Sketch of the medical history of the native army of Bombay, for the year
Year: 1872
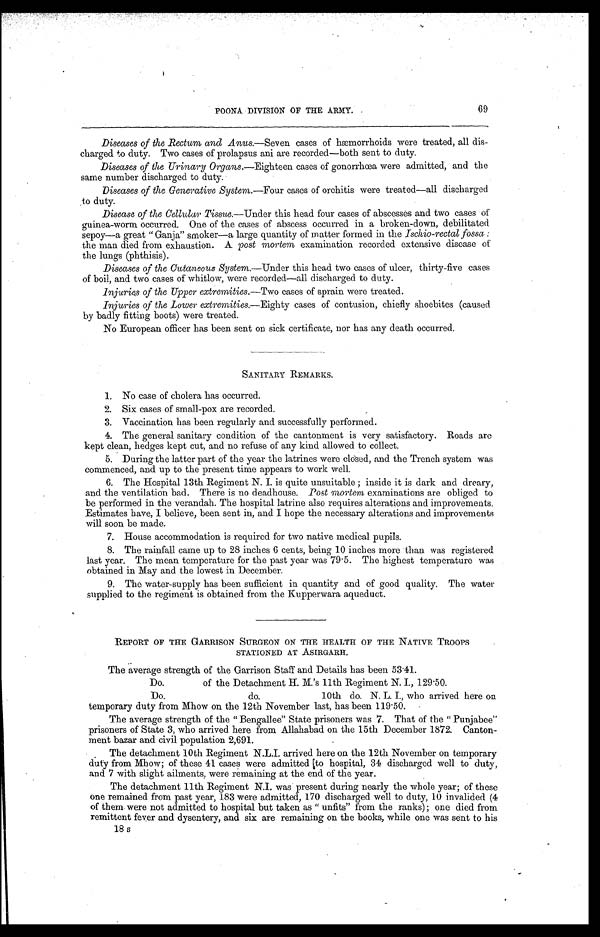
POONA DIVISION OF THE ARMY.
69
Diseases of the Rectum and Anua—Seven cases of hæmorrhoids were treated, all dis-
-charged to duty. Two cases of prolapsus ani are recorded—both sent to duty.
Diseases of the Urinary Organs.—Eighteen cases of gonorrhœa were admitted, and the
same number discharged to duty.
Diseases of the Generative System.—Four cases of orchitis were treated—all discharged
,to duty.
Disease of the Cellular Tissue.— Under this head four cases of abscesses and two cases of
guinea-worm occurred. One of the cases of abscess occurred in a broken-down, debilitated
sepoy—a great "Ganja" smoker—a large quantity of matter formed in the Ischio-rectal fossa:
the man died from exhaustion. A post mortem examination recorded extensive disease of
the lungs (phthisis).
Diseases of the Cutaneous System.—Under this head two cases of ulcer, thirty-five cases
of boil, and two cases of whitlow, were recorded—all discharged to duty.
Injuries of the Upper extremities.—Two cases of sprain were treated.
Injuries of the Lower extremities.— Eighty cases of contusion, chiefly shoebites (caused
by badly fitting boots) were treated.
No European officer has been sent on sick certificate, nor has any death occurred.
SANITARY REMARKS.
1. No case of cholera has occurred.
2. Six cases of small-pox are recorded.
3. Vaccination has been regularly and successfully performed.
4. The general sanitary condition of the cantonment is very satisfactory. Roads are
kept clean, hedges kept cut, and no refuse of any kind allowed to collect.
5. During the latter part of the year the latrines were closed, and the Trench system was
commenced, and up to the present time appears to work well.
6. The Hospital 13th Regiment N. I. is quite unsuitable; inside it is dark and dreary,
and the ventilation bad. There is no deadhouse. Post mortem
examinations are obliged to
be performed in the verandah. The hospital latrine also requires alterations and improvements.
Estimates have, I believe, been sent in, and I hope the necessary alterations and improvements
will soon be made.
7. House accommodation is required for two native medical pupils.
8. The rainfall came up to 28 inches 6 cents, being 10 inches more than was registered
last year. The mean temperature for the past year was 79.5. The highest temperature was
obtained in May and the lowest in December.
9. The water-supply has been sufficient in quantity and of good quality. The water
supplied to the regiment is obtained from the Kupperwara aqueduct.
REPORT OF THE GARRISON SURGEON ON THE HEALTH OF THE NATIVE TROOPS
STATIONED AT ASIRGARH.
The average strength of the Garrison Staff and Details has been 53.41.
Do.
of the Detachment H. M.'s 11th Regiment N. I., 129.50.
Do.
do.
10th do. N. L. I., who arrived here on
temporary duty from Mhow on the 12th November last, has been 119.50.
The average strength of the " Bengallee" State prisoners was 7. That of the " Punjabee"
prisoners of State 3, who arrived here from Allahabad on the 15th December 1872. Canton-
- m e n t b a z a r a n d c i v i l p o p u l a t i o n 2 , 6 9 1 .
The detachment 10th Regiment N.L.I. arrived here on the 12th November on temporary
duty from Mhow; of these 41 cases were admitted to hospital, 34 discharged well to duty,
and 7 with slight ailments, were remaining at the end of the year.
The detachment 11th Regiment N.I. was present during nearly the whole year; of these
one remained from past year, 183 were admitted, 170 discharged well to duty, 10 invalided (4
of them were not admitted to hospital but taken as " unfits" from the ranks); one died from
remittent fever and dysentery, and six are remaining on the books, while one was sent to his
18 s